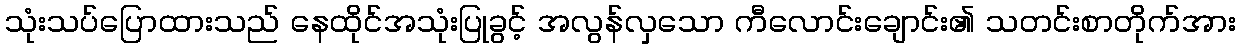
သုံးသပ်ပြောထားသည် နေထိုင်အသုံးပြုခွင့် အလွန်လှသော ကီလောင်းချောင်း၏ သတင်းစာတိုက်အား